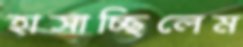
হাসাচ্ছিলেম